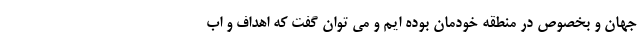
جهان و بخصوص در منطقه خودمان بوده ایم و می توان گفت که اهداف و اب